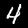
Label: 4